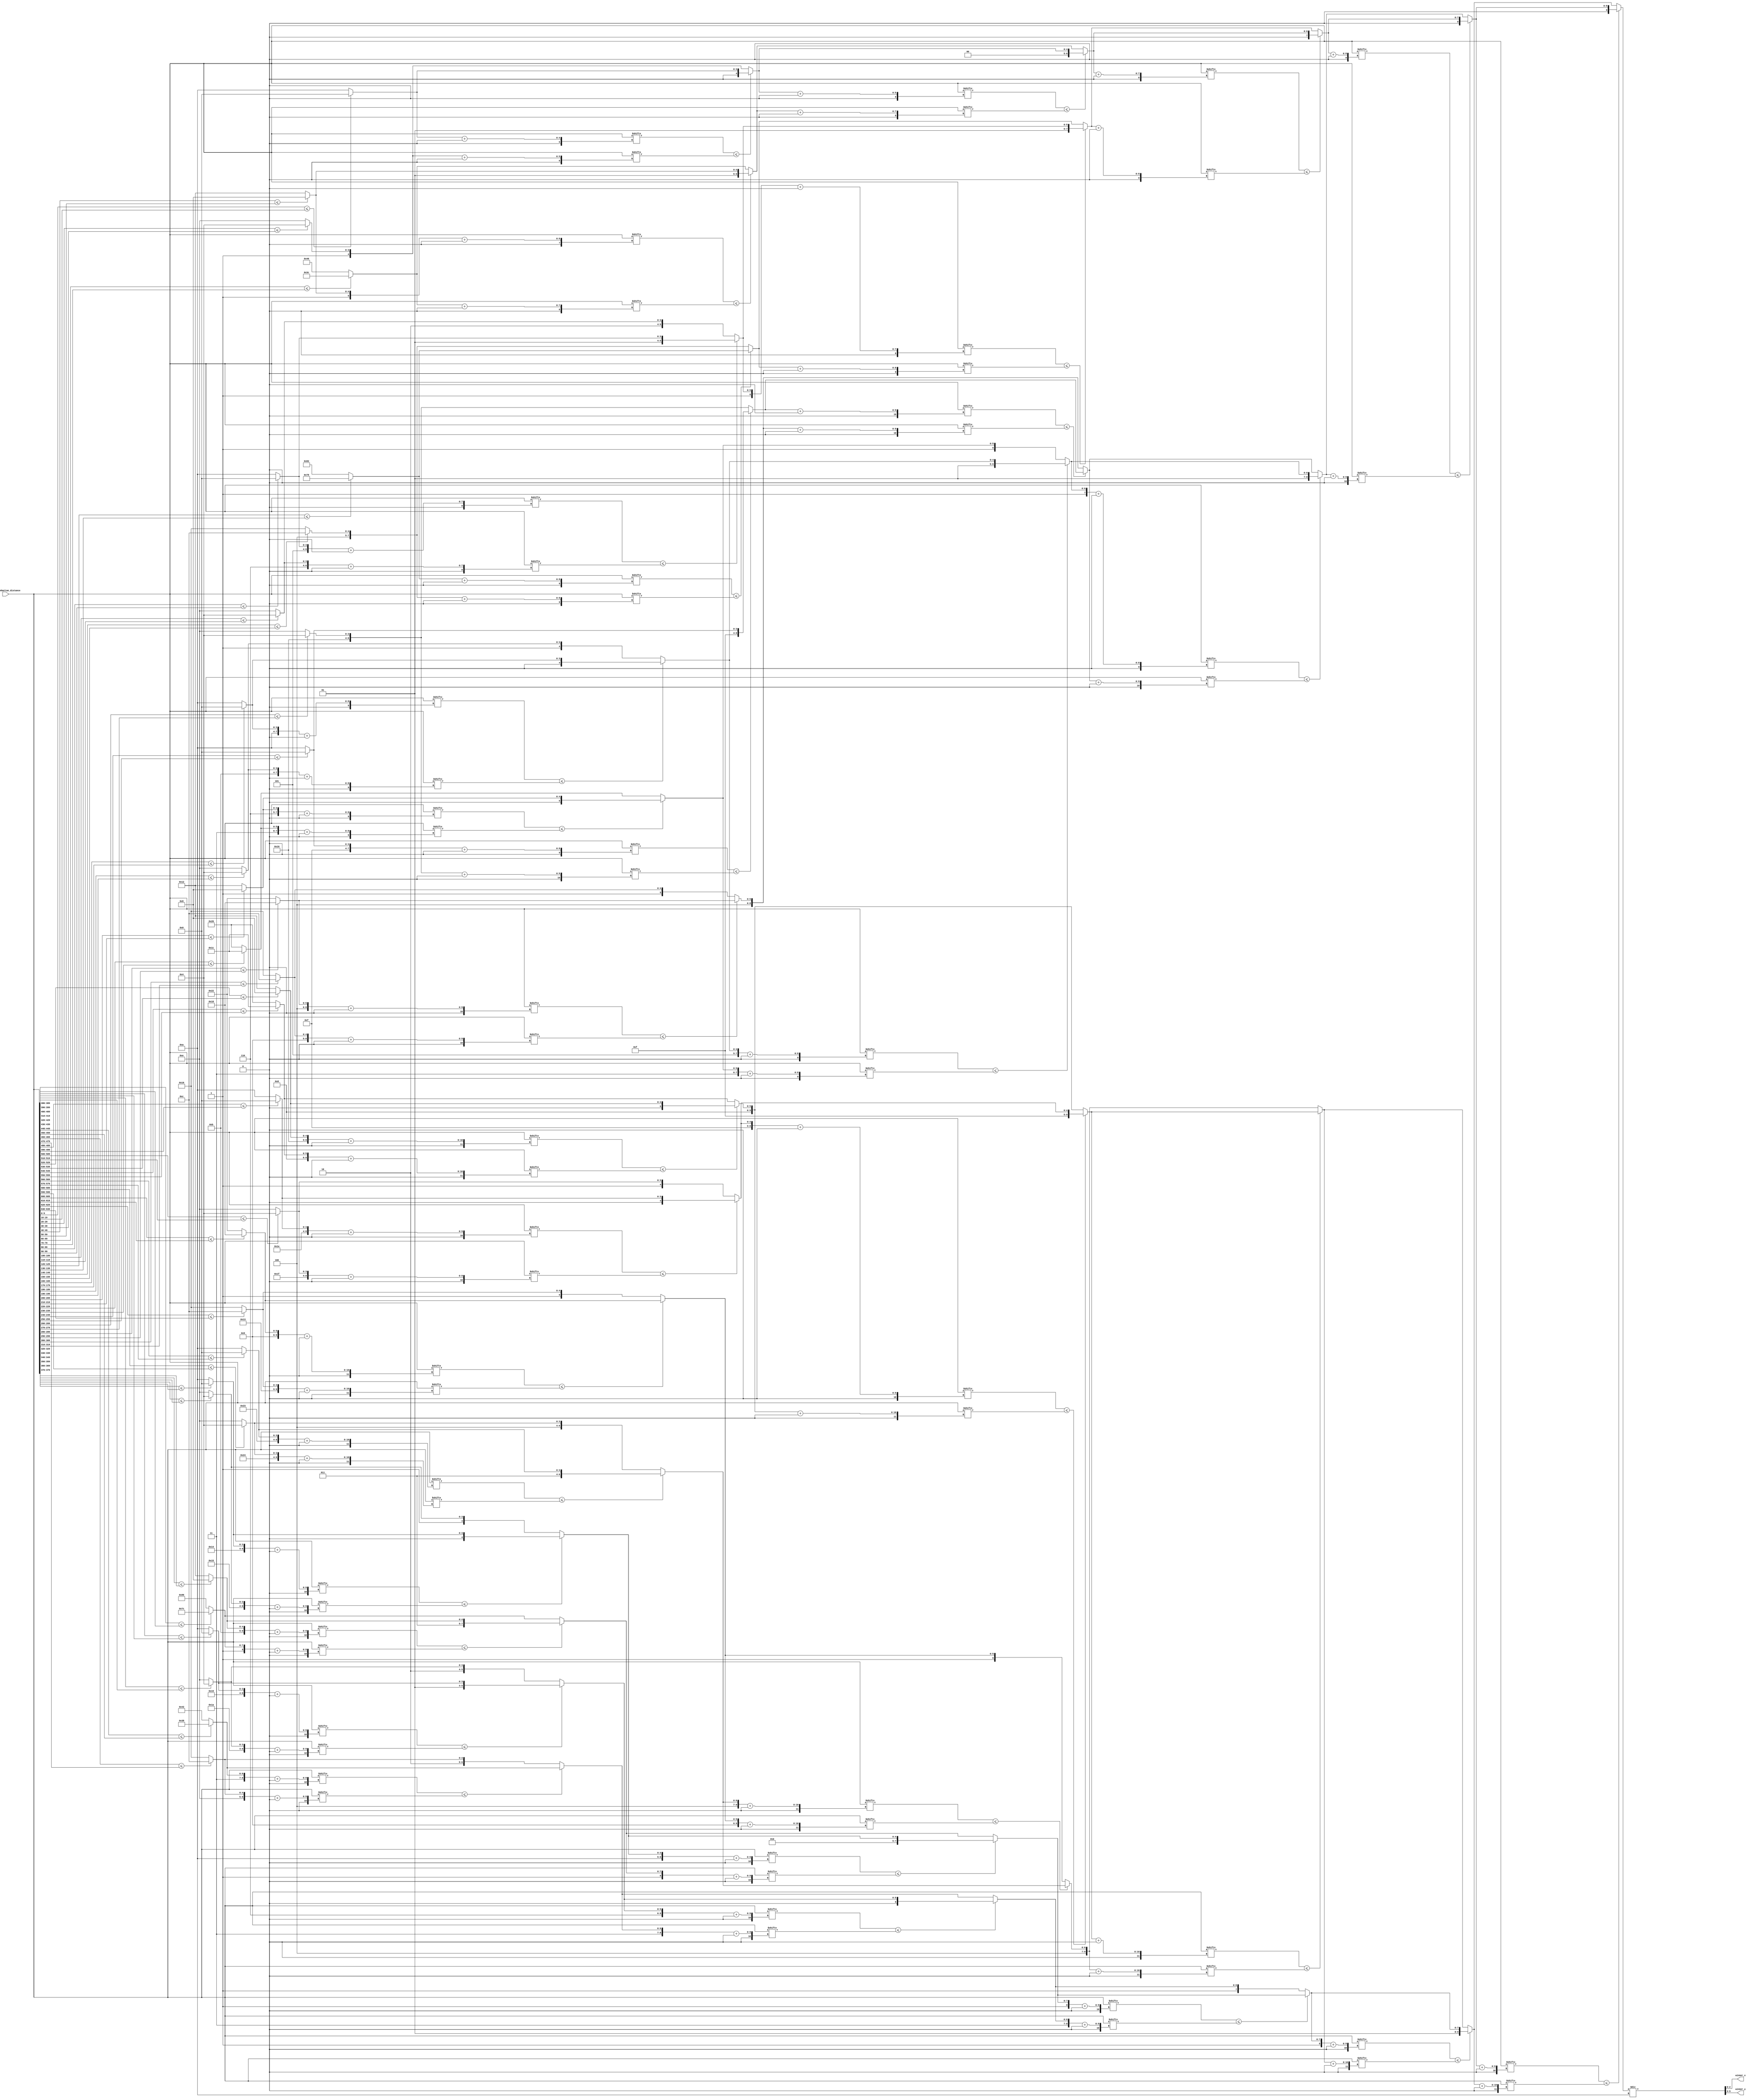
module WSC(
	//{VEP63.manhattan_distance, VEP62.manhattan_distance, ... , VEP0.manhattan_distance}
	input  [10*64 - 1:0] VEPs_manhattan_distance,
	output reg [2:0] winner_x,
	output reg [2:0] winner_y
);
wire [2:0] tmp_x;
wire [2:0] tmp_y;

wire [9:0]tmp0;
wire [9:0]tmp1;
wire [9:0]tmp2;
wire [9:0]tmp3;
wire [9:0]tmp4;
wire [9:0]tmp5;
wire [9:0]tmp6;
wire [9:0]tmp7;
wire [9:0]tmp8;
wire [9:0]tmp9;
wire [9:0]tmp10;
wire [9:0]tmp11;
wire [9:0]tmp12;
wire [9:0]tmp13;
wire [9:0]tmp14;
wire [9:0]tmp15;
wire [9:0]tmp16;
wire [9:0]tmp17;
wire [9:0]tmp18;
wire [9:0]tmp19;
wire [9:0]tmp20;
wire [9:0]tmp21;
wire [9:0]tmp22;
wire [9:0]tmp23;
wire [9:0]tmp24;
wire [9:0]tmp25;
wire [9:0]tmp26;
wire [9:0]tmp27;
wire [9:0]tmp28;
wire [9:0]tmp29;
wire [9:0]tmp30;
wire [9:0]tmp31;

wire [9:0]twotmp0;
wire [9:0]twotmp1;
wire [9:0]twotmp2;
wire [9:0]twotmp3;
wire [9:0]twotmp4;
wire [9:0]twotmp5;
wire [9:0]twotmp6;
wire [9:0]twotmp7;
wire [9:0]twotmp8;
wire [9:0]twotmp9;
wire [9:0]twotmp10;
wire [9:0]twotmp11;
wire [9:0]twotmp12;
wire [9:0]twotmp13;
wire [9:0]twotmp14;
wire [9:0]twotmp15;

wire [9:0]threetmp0;
wire [9:0]threetmp1;
wire [9:0]threetmp2;
wire [9:0]threetmp3;
wire [9:0]threetmp4;
wire [9:0]threetmp5;
wire [9:0]threetmp6;
wire [9:0]threetmp7;

wire [9:0]fourtmp0;
wire [9:0]fourtmp1;
wire [9:0]fourtmp2;
wire [9:0]fourtmp3;

wire [9:0]fivetmp0;
wire [9:0]fivetmp1;

wire [9:0]sixtmp0;

wire [9:0]finalx;

assign tmp0 = (VEPs_manhattan_distance[9:0]<=VEPs_manhattan_distance[19:10])? 10'd0 : 10'd10;
assign tmp1 = (VEPs_manhattan_distance[29:20]<=VEPs_manhattan_distance[39:30])? 10'd20 : 10'd30;
assign tmp2 = (VEPs_manhattan_distance[49:40]<=VEPs_manhattan_distance[59:50])? 10'd40 : 10'd50;
assign tmp3 = (VEPs_manhattan_distance[69:60]<=VEPs_manhattan_distance[79:70])? 10'd60 : 10'd70;
assign tmp4 = (VEPs_manhattan_distance[89:80]<=VEPs_manhattan_distance[99:90])? 10'd80 : 10'd90;
assign tmp5 = (VEPs_manhattan_distance[109:100]<=VEPs_manhattan_distance[119:110]) ? 10'd100 : 10'd110;
assign tmp6 = (VEPs_manhattan_distance[129:120]<=VEPs_manhattan_distance[139:130]) ? 10'd120 : 10'd130;
assign tmp7 = (VEPs_manhattan_distance[149:140]<=VEPs_manhattan_distance[159:150]) ? 10'd140 : 10'd150;
assign tmp8 = (VEPs_manhattan_distance[169:160]<=VEPs_manhattan_distance[179:170]) ? 10'd160 : 10'd170;
assign tmp9 =  (VEPs_manhattan_distance[189:180]<=VEPs_manhattan_distance[199:190]) ? 10'd180 : 10'd190;
assign tmp10 = (VEPs_manhattan_distance[209:200]<=VEPs_manhattan_distance[219:210]) ? 10'd200 : 10'd210;
assign tmp11 = (VEPs_manhattan_distance[229:220]<=VEPs_manhattan_distance[239:230]) ? 10'd220 : 10'd230;
assign tmp12 = (VEPs_manhattan_distance[249:240]<=VEPs_manhattan_distance[259:250]) ? 10'd240 : 10'd250;
assign tmp13 = (VEPs_manhattan_distance[269:260]<=VEPs_manhattan_distance[279:270]) ? 10'd260 : 10'd270;
assign tmp14 = (VEPs_manhattan_distance[289:280]<=VEPs_manhattan_distance[299:290]) ? 10'd280 : 10'd290;
assign tmp15 = (VEPs_manhattan_distance[309:300]<=VEPs_manhattan_distance[319:310]) ? 10'd300 : 10'd310;
assign tmp16 = (VEPs_manhattan_distance[329:320]<=VEPs_manhattan_distance[339:330]) ? 10'd320 : 10'd330;
assign tmp17 = (VEPs_manhattan_distance[349:340]<=VEPs_manhattan_distance[359:350]) ? 10'd340 : 10'd350;
assign tmp18 = (VEPs_manhattan_distance[369:360]<=VEPs_manhattan_distance[379:370]) ? 10'd360 : 10'd370;
assign tmp19 = (VEPs_manhattan_distance[389:380]<=VEPs_manhattan_distance[399:390]) ? 10'd380 : 10'd390;
assign tmp20 = (VEPs_manhattan_distance[409:400]<=VEPs_manhattan_distance[419:410]) ? 10'd400 : 10'd410;
assign tmp21 = (VEPs_manhattan_distance[429:420]<=VEPs_manhattan_distance[439:430]) ? 10'd420 : 10'd430;
assign tmp22 = (VEPs_manhattan_distance[449:440]<=VEPs_manhattan_distance[459:450]) ? 10'd440 : 10'd450;
assign tmp23 = (VEPs_manhattan_distance[469:460]<=VEPs_manhattan_distance[479:470]) ? 10'd460 : 10'd470;
assign tmp24 = (VEPs_manhattan_distance[489:480]<=VEPs_manhattan_distance[499:490]) ? 10'd480 : 10'd490;
assign tmp25 = (VEPs_manhattan_distance[509:500]<=VEPs_manhattan_distance[519:510]) ? 10'd500 : 10'd510;
assign tmp26 = (VEPs_manhattan_distance[529:520]<=VEPs_manhattan_distance[539:530]) ? 10'd520 : 10'd530;
assign tmp27 = (VEPs_manhattan_distance[549:540]<=VEPs_manhattan_distance[559:550]) ? 10'd540 : 10'd550;
assign tmp28 = (VEPs_manhattan_distance[569:560]<=VEPs_manhattan_distance[579:570]) ? 10'd560 : 10'd570;
assign tmp29 = (VEPs_manhattan_distance[589:580]<=VEPs_manhattan_distance[599:590]) ? 10'd580 : 10'd590;
assign tmp30 = (VEPs_manhattan_distance[609:600]<=VEPs_manhattan_distance[619:610]) ? 10'd600 : 10'd610;
assign tmp31 = (VEPs_manhattan_distance[629:620]<=VEPs_manhattan_distance[639:630]) ? 10'd620 : 10'd630;

assign twotmp0 = (VEPs_manhattan_distance[tmp0 +: 10'd10]<=VEPs_manhattan_distance[tmp1 +: 10'd10]) ? tmp0 : tmp1;
assign twotmp1 = (VEPs_manhattan_distance[tmp2 +: 10'd10]<=VEPs_manhattan_distance[tmp3 +: 10'd10]) ? tmp2 : tmp3;
assign twotmp2 = (VEPs_manhattan_distance[tmp4 +: 10'd10]<=VEPs_manhattan_distance[tmp5 +: 10'd10]) ? tmp4 : tmp5;
assign twotmp3 = (VEPs_manhattan_distance[tmp6 +: 10'd10]<=VEPs_manhattan_distance[tmp7 +: 10'd10]) ? tmp6 : tmp7;
assign twotmp4 = (VEPs_manhattan_distance[tmp8 +: 10'd10]<=VEPs_manhattan_distance[tmp9 +: 10'd10]) ? tmp8 : tmp9;
assign twotmp5 = (VEPs_manhattan_distance[tmp10 +: 10'd10]<=VEPs_manhattan_distance[tmp11 +: 10'd10]) ? tmp10 : tmp11;
assign twotmp6 = (VEPs_manhattan_distance[tmp12 +: 10'd10]<=VEPs_manhattan_distance[tmp13 +: 10'd10]) ? tmp12 : tmp13;
assign twotmp7 = (VEPs_manhattan_distance[tmp14 +: 10'd10]<=VEPs_manhattan_distance[tmp15 +: 10'd10]) ? tmp14 : tmp15;
assign twotmp8 = (VEPs_manhattan_distance[tmp16 +: 10'd10]<=VEPs_manhattan_distance[tmp17 +: 10'd10]) ? tmp16 : tmp17;
assign twotmp9 = (VEPs_manhattan_distance[tmp18 +: 10'd10]<=VEPs_manhattan_distance[tmp19 +: 10'd10]) ? tmp18 : tmp19;
assign twotmp10 = (VEPs_manhattan_distance[tmp20 +: 10'd10]<=VEPs_manhattan_distance[tmp21 +: 10'd10]) ? tmp20 : tmp21;
assign twotmp11 = (VEPs_manhattan_distance[tmp22 +: 10'd10]<=VEPs_manhattan_distance[tmp23 +: 10'd10]) ? tmp22 : tmp23;
assign twotmp12 = (VEPs_manhattan_distance[tmp24 +: 10'd10]<=VEPs_manhattan_distance[tmp25 +: 10'd10]) ? tmp24 : tmp25;
assign twotmp13 = (VEPs_manhattan_distance[tmp26 +: 10'd10]<=VEPs_manhattan_distance[tmp27 +: 10'd10]) ? tmp26 : tmp27;
assign twotmp14 = (VEPs_manhattan_distance[tmp28 +: 10'd10]<=VEPs_manhattan_distance[tmp29 +: 10'd10]) ? tmp28 : tmp29;
assign twotmp15 = (VEPs_manhattan_distance[tmp30 +: 10'd10]<=VEPs_manhattan_distance[tmp31 +: 10'd10]) ? tmp30 : tmp31;


assign threetmp0 = (VEPs_manhattan_distance[twotmp0 +: 10'd10]<=VEPs_manhattan_distance[twotmp1 +: 10'd10]) ? twotmp0 : twotmp1;
assign threetmp1 = (VEPs_manhattan_distance[twotmp2 +: 10'd10]<=VEPs_manhattan_distance[twotmp3 +: 10'd10]) ? twotmp2 : twotmp3;
assign threetmp2 = (VEPs_manhattan_distance[twotmp4 +: 10'd10]<=VEPs_manhattan_distance[twotmp5 +: 10'd10]) ? twotmp4 : twotmp5;
assign threetmp3 = (VEPs_manhattan_distance[twotmp6 +: 10'd10]<=VEPs_manhattan_distance[twotmp7 +: 10'd10]) ? twotmp6 : twotmp7;
assign threetmp4 = (VEPs_manhattan_distance[twotmp8 +: 10'd10]<=VEPs_manhattan_distance[twotmp9 +: 10'd10]) ? twotmp8 : twotmp9;
assign threetmp5 = (VEPs_manhattan_distance[twotmp10 +: 10'd10]<=VEPs_manhattan_distance[twotmp11 +: 10'd10]) ? twotmp10 : twotmp11;
assign threetmp6 = (VEPs_manhattan_distance[twotmp12 +: 10'd10]<=VEPs_manhattan_distance[twotmp13 +: 10'd10]) ? twotmp12 : twotmp13;
assign threetmp7 = (VEPs_manhattan_distance[twotmp14 +: 10'd10]<=VEPs_manhattan_distance[twotmp15 +: 10'd10]) ? twotmp14 : twotmp15;


assign fourtmp0 = (VEPs_manhattan_distance[threetmp0 +: 10'd10]<=VEPs_manhattan_distance[threetmp1 +: 10'd10]) ? threetmp0 : threetmp1;
assign fourtmp1 = (VEPs_manhattan_distance[threetmp2 +: 10'd10]<=VEPs_manhattan_distance[threetmp3 +: 10'd10]) ? threetmp2 : threetmp3;
assign fourtmp2 = (VEPs_manhattan_distance[threetmp4 +: 10'd10]<=VEPs_manhattan_distance[threetmp5 +: 10'd10]) ? threetmp4 : threetmp5;
assign fourtmp3 = (VEPs_manhattan_distance[threetmp6 +: 10'd10]<=VEPs_manhattan_distance[threetmp7 +: 10'd10]) ? threetmp6 : threetmp7;


assign fivetmp0 = (VEPs_manhattan_distance[fourtmp0 +: 10'd10]<=VEPs_manhattan_distance[fourtmp1 +: 10'd10]) ? fourtmp0 : fourtmp1;
assign fivetmp1 = (VEPs_manhattan_distance[fourtmp2 +: 10'd10]<=VEPs_manhattan_distance[fourtmp3 +: 10'd10]) ? fourtmp2 : fourtmp3;

assign sixtmp0 = (VEPs_manhattan_distance[fivetmp0 +: 10'd10]<=VEPs_manhattan_distance[fivetmp1 +: 10'd10]) ? fivetmp0 : fivetmp1;

assign finalx = sixtmp0/(10'd10);

//assign winner_x = finalx[2:0];
//assign winner_y = finalx[5:3];

assign tmp_x = finalx[2:0];
assign tmp_y = finalx[5:3];

always@(*)begin
	winner_x = tmp_x;
	winner_y = tmp_y;
end

endmodule